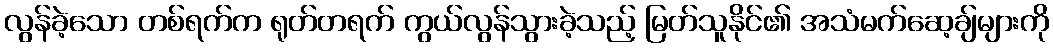
လွန်ခဲ့သော တစ်ရက်က ရုတ်တရက် ကွယ်လွန်သွားခဲ့သည့် မြတ်သူနိုင်၏ အသံမက်ဆေ့ချ်များကို